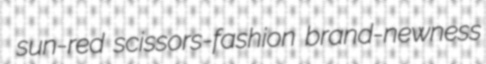
sun-red scissors-fashion brand-newness